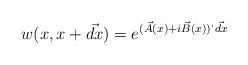
LaTeX: \begin{align*}w(x,x+\vec{dx})=e^{(\vec{A}(x)+i\vec{B}(x))^\cdot\vec{dx}}\end{align*}